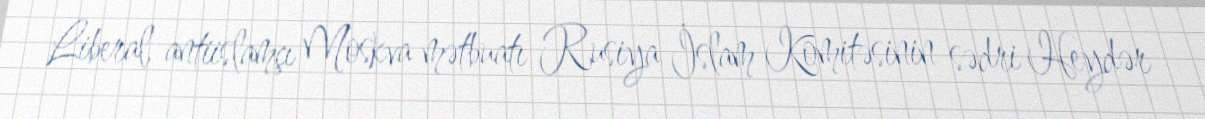
Liberal, antiislamçı Moskva mətbuatı Rusiya İslam Komitəsinin sədri Heydər